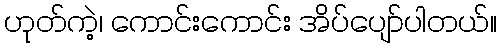
ဟုတ်ကဲ့၊ ကောင်းကောင်း အိပ်ပျော်ပါတယ်။